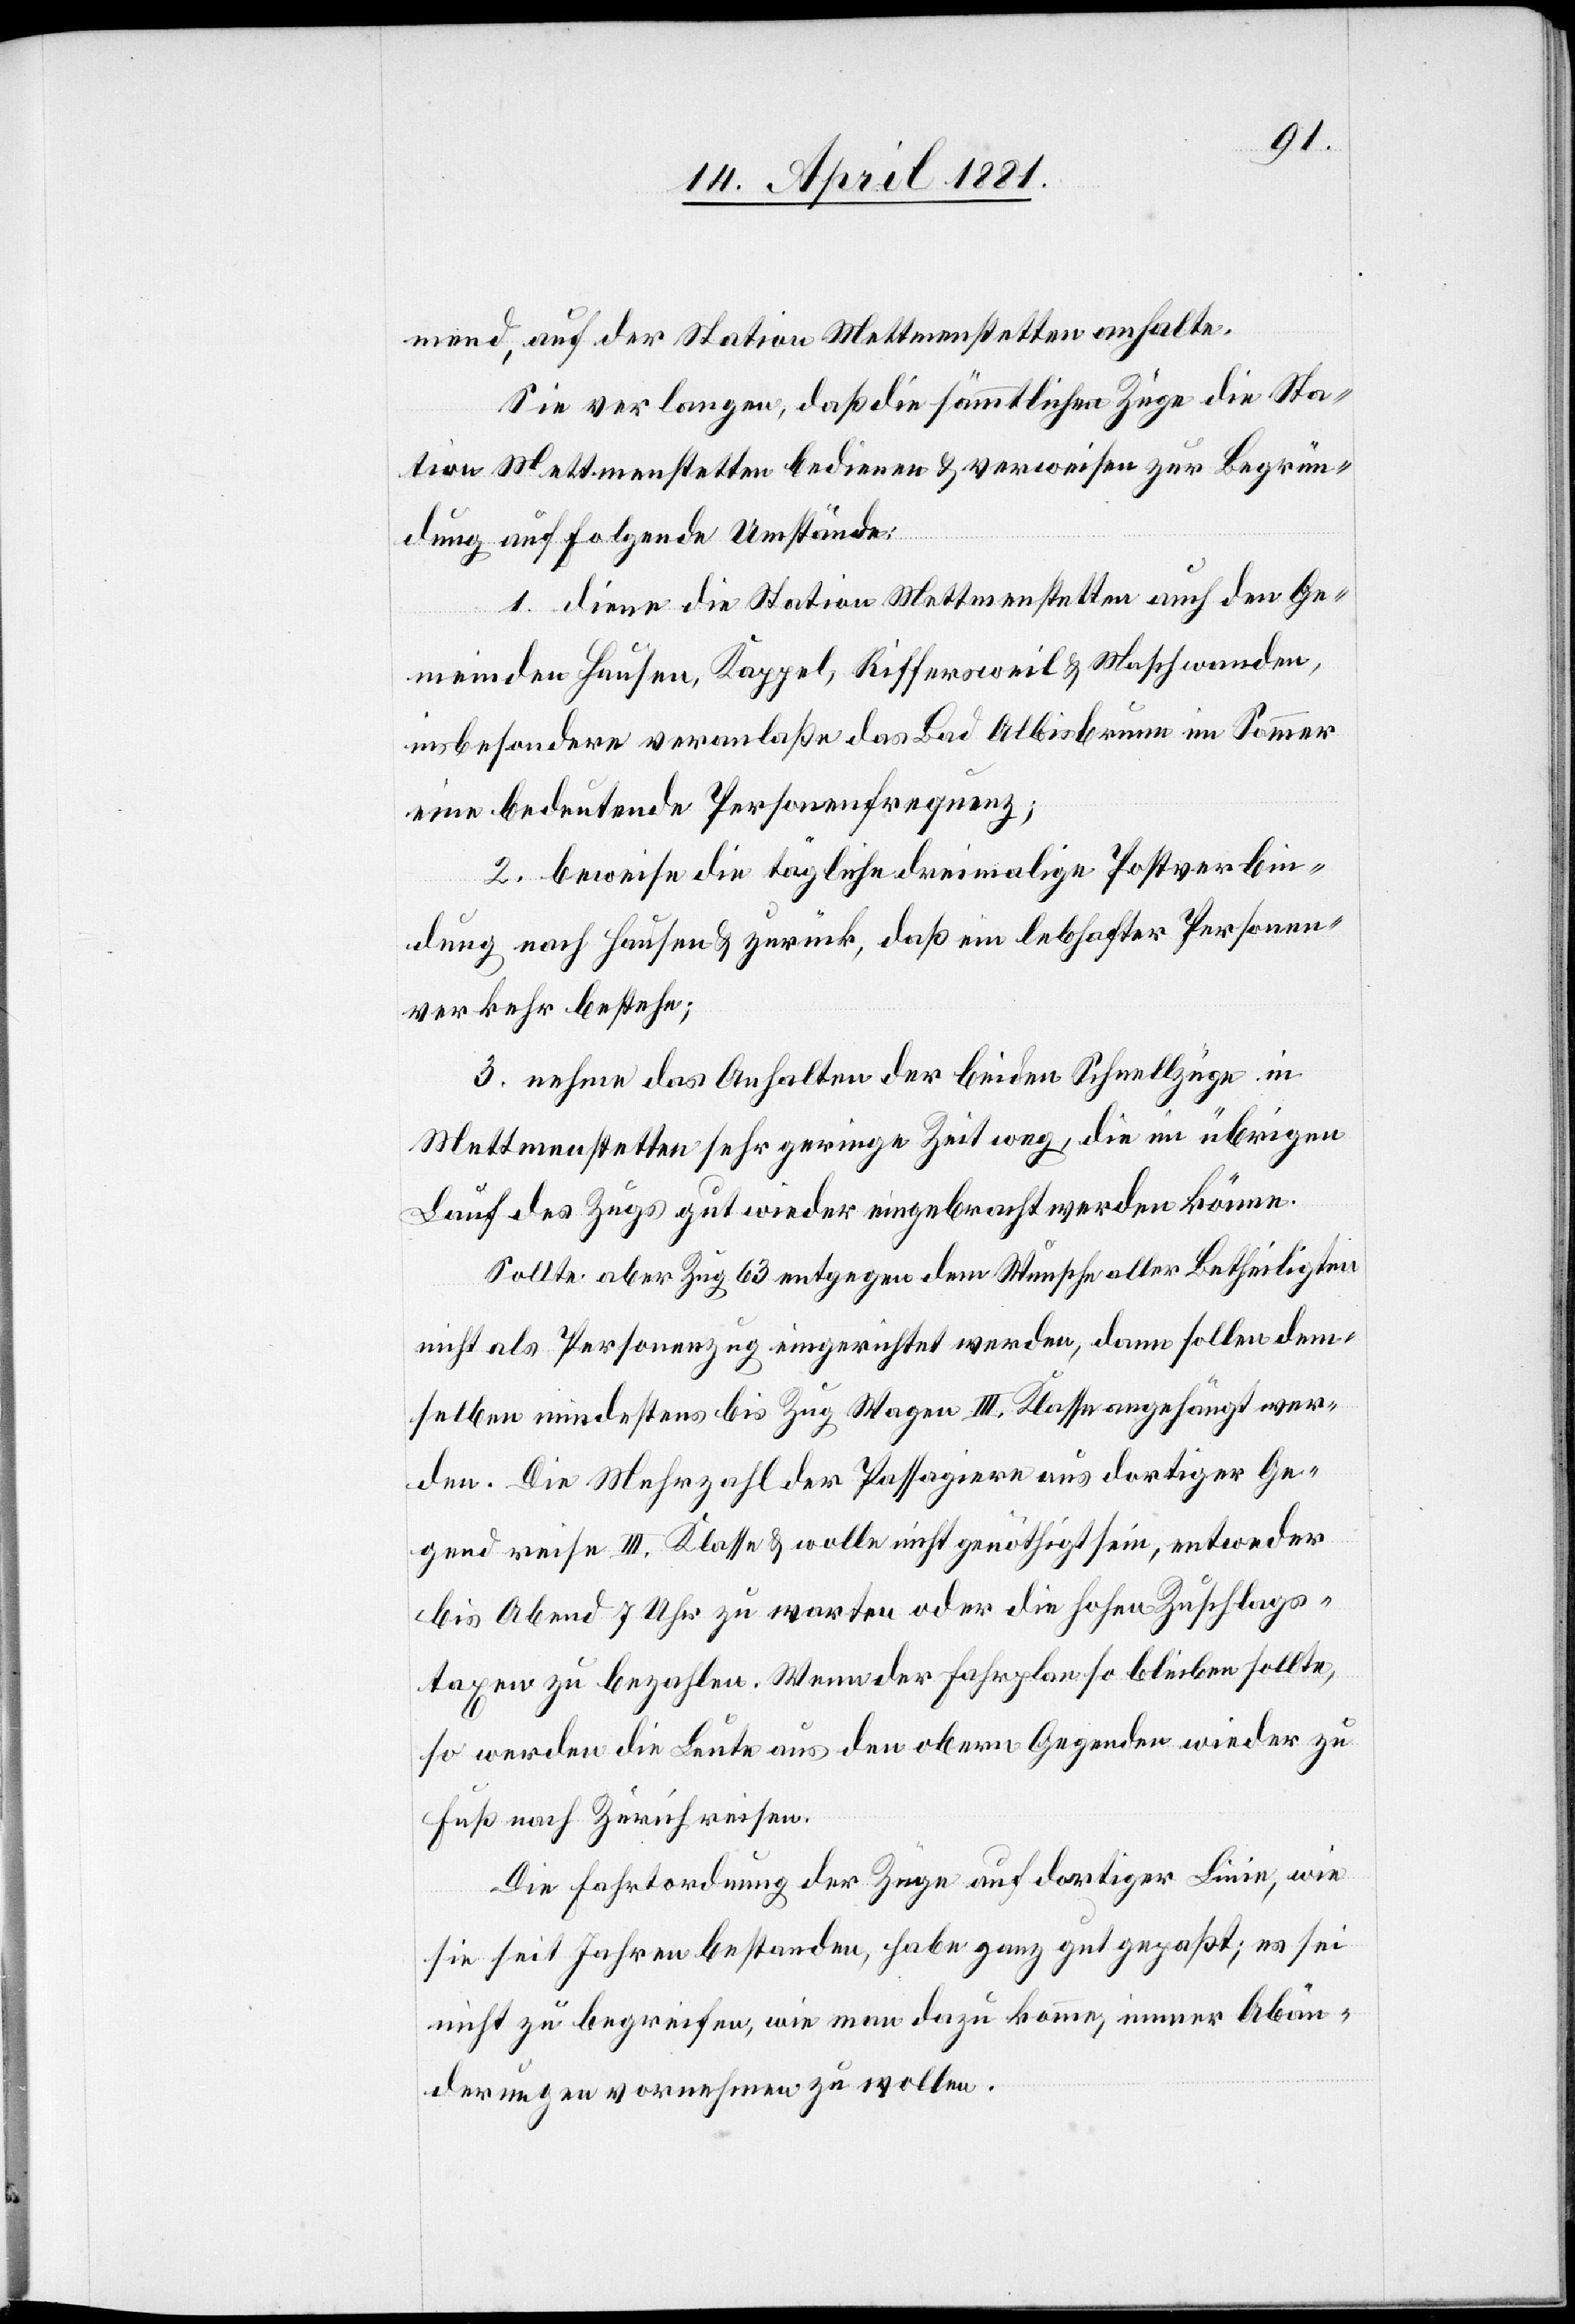
mend, auf der Station Mettmenstetten anhalte.
Sie verlangen, daß die sämmtlichen Züge die Sta¬
tion Mettmenstetten bedienen & verweisen zur Begrün¬
dung auf folgende Umstände:
1. diene die Station Mettmenstetten auch den Ge¬
meinden Hausen, Kappel, Riffersweil & Maschwanden,
insbesondere veranlaße das Bad Albisbrunn im Sommer
eine bedeutende Personenfrequenz;
2. beweise die tägliche dreimalige Postverbin¬
dung nach Hausen & zurück, daß ein lebhafter Personen¬
verkehr bestehe;
3. nehme das Anhalten der beiden Schnellzüge in
Mettmenstetten sehr geringe Zeit weg, die im übrigen
Lauf des Zuges gut wieder eingebracht werden könne.
Sollte aber Zug 63 entgegen dem Wunsche aller Betheiligten
nicht als Personenzug eingerichtet werden, dann sollen dem¬
selben mindestens bis Zug Wagen III. Klasse angehängt wer¬
den. Die Mehrzahl der Passagiere aus dortiger Ge¬
gend reisen III. Klasse & wollen nicht genöthigt sein, entweder
bis Abend 7 Uhr zu warten oder die hohen Zuschlags¬
taxen zu bezahlen. Wenn der Fahrplan bleiben sollte,
so werden die Leute aus den obern Gegenden wieder zu
Fuß nach Zürich reisen.
Die Fahrtordnung der Züge auf dortiger Linie, wie
sie seit Jahren bestanden, habe ganz gut gepaßt; es sei
nicht zu begreifen, wie man dazu komme, immer Abän¬
derungen vornehmen zu wollen.